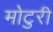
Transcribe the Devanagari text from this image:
मोटुरी